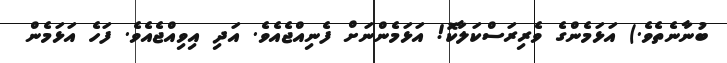
ބުނާނެތެވެ.) އަޅަމެންގެ ވެރިރަސްކަލާކޮ! އަޅަމެންނަށް ފެނިއްޖެއެވެ. އަދި އިވިއްޖެއެވެ. ފަހެ އަޅަމެން